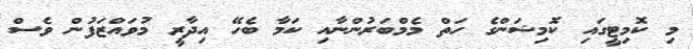
މި ކޮމިޓީގައި ކޮމިޝަންގެ ހަތް މެމްބަރުންނާއި ކަމާ ބެހޭ އިދާރީ މުވައްޒަފުން ވެސް